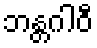
ဘန္တဂါဝီ